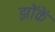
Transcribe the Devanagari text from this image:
झोंकें